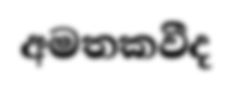
අමතකවීද